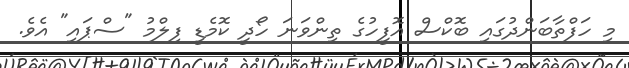
މި ހަފްތާބަންދުގައި ބޮކްސް އޮފީހުގެ ތިންވަނަ ހޯދީ ކޮމެޑީ ފިލްމު "ސްޕައި" އެވެ.